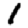
Digit: 1